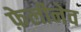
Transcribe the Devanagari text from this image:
फ़ेलीनेव